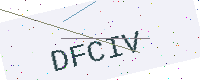
Text: DFCIV